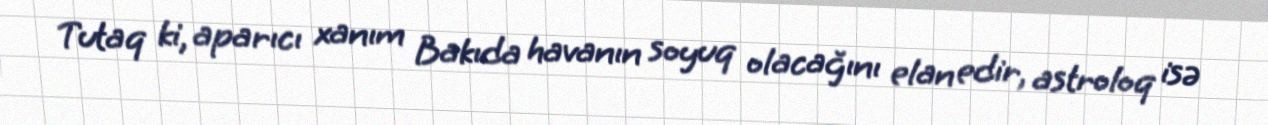
Tutaq ki, aparıcı xanım Bakıda havanın soyuq olacağını elan edir, astroloq isə